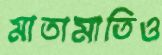
মাতামাতিও